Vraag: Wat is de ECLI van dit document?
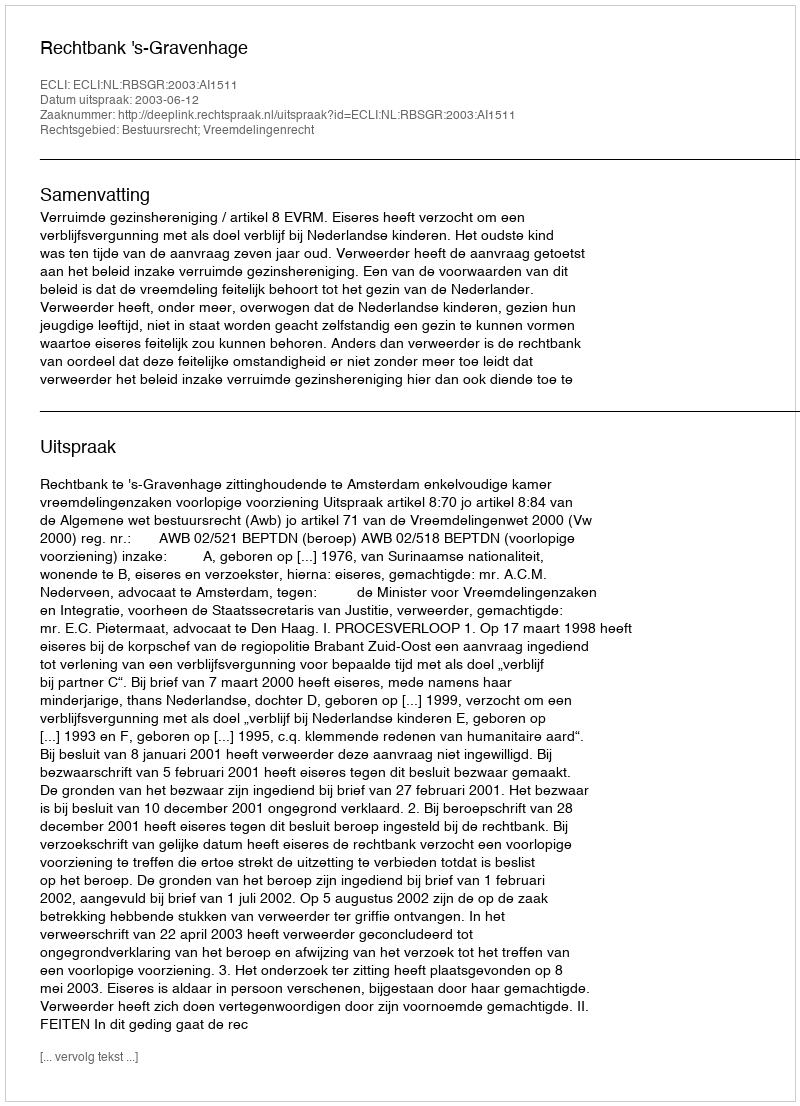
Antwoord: ECLI:NL:RBSGR:2003:AI1511